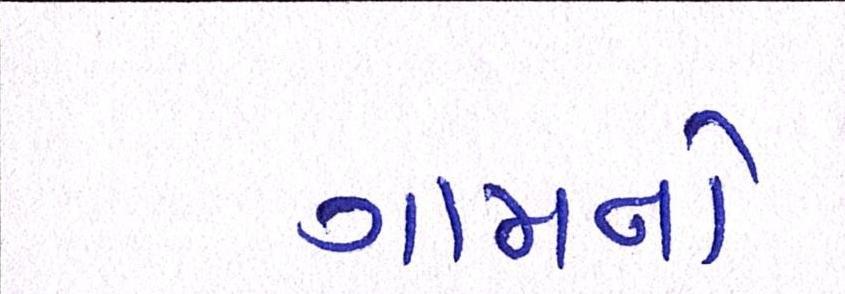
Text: ગામનો